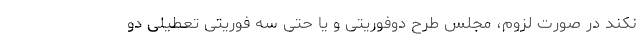
نکند در صورت لزوم، مجلس طرح دوفوریتی و یا حتی سه فوریتی تعطیلی دو